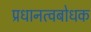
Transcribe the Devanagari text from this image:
प्रधानत्वबोधक